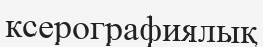
ксерографиялық